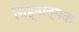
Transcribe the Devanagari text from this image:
चिह्नात्मक